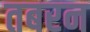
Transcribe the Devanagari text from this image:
तबरन